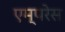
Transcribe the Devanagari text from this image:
एम्परेस